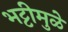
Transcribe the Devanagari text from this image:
भट्टीमुळे